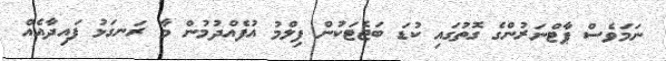
ނަމަވެސް ޕާޓްނަރުންގެ ގޮތުގައި ކުޑަ ބަޖެޓަކުން ފިލްމު އުފެއްދުމުން މާ ރަނގަޅު ފައިދާއެއް